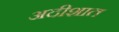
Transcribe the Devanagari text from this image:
अदीशात